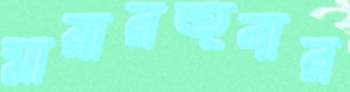
মায়ারহুবার